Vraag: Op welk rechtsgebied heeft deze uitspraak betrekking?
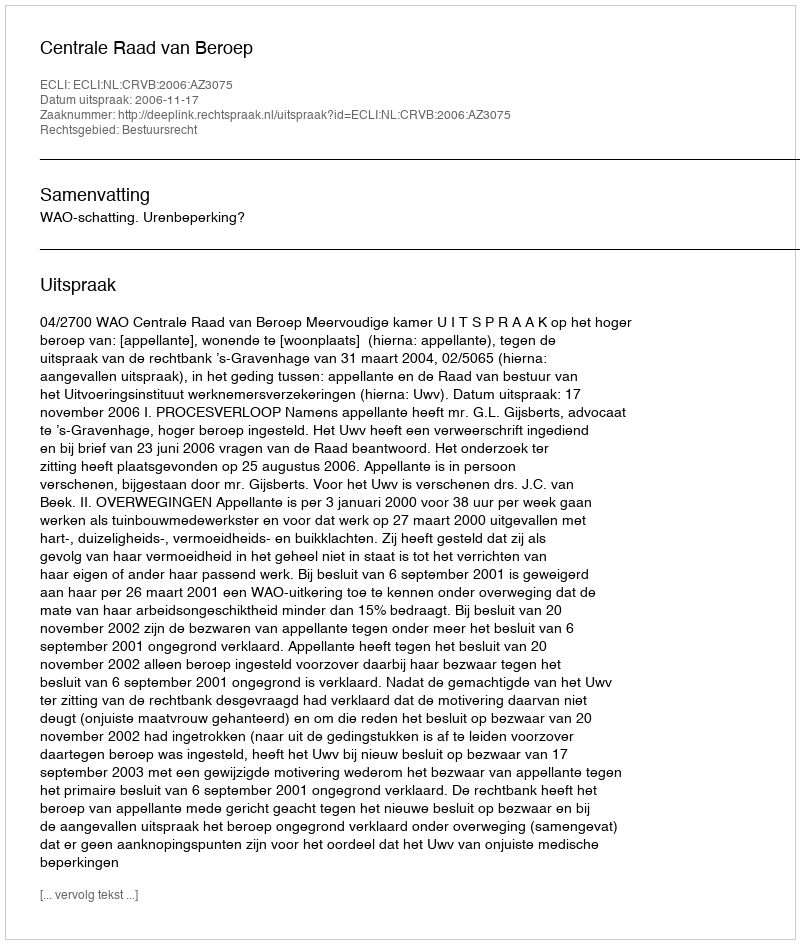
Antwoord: Bestuursrecht